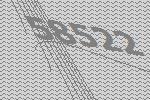
58522